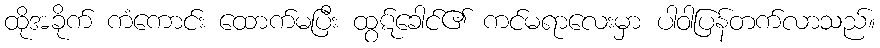
ထိုအခိုက် ကံကောင်း ထောက်မပြီး ထွဋ်ခေါင်၏ ကင်မရာလေးမှာ ပါဝါပြန်တက်လာသည်။